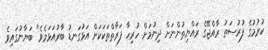
ކުރުމުގެ ފުރުސަތު ރާއްޖޭގެ ރައްޔިތުންނަށް ދިނުމަށް ހުރިހާ ފަރާތްތަކަކަށް އަޅުގަނޑު ބާރުއަޅަމެވެ" ބަޔާނުގައިވެ